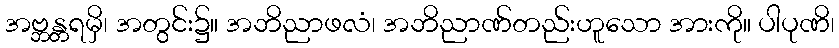
အဗ္ဘန္တရမှိ၊ အတွင်း၌။ အဘိညာဖလံ၊ အဘိညာဏ်တည်းဟူသော အားကို။ ပါပုဏိ၊